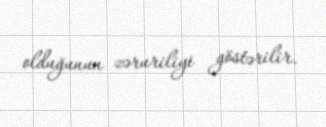
olduğunun zəruriliyi göstərilir.